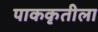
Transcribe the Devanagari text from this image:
पाककृतीला